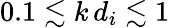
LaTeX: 0.1\lesssim k\, d_{i}\lesssim 1